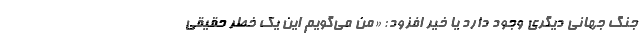
جنگ جهانی دیگری وجود دارد یا خیر افزود: «من می‌گویم این یک خطر حقیقی